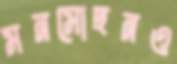
মনমোহনও